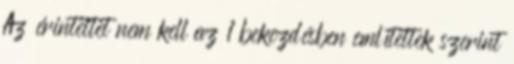
Az érintettet nem kell az 1 bekezdésben említettek szerint